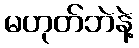
မဟုတ်ဘဲနဲ့